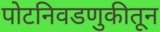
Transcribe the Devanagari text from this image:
पोटनिवडणुकीतून